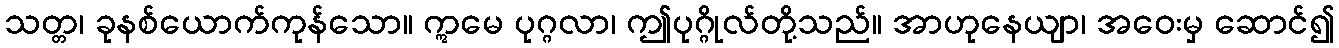
သတ္တ၊ ခုနစ်ယောက်ကုန်သော။ ဣမေ ပုဂ္ဂလာ၊ ဤပုဂ္ဂိုလ်တို့သည်။ အာဟုနေယျာ၊ အဝေးမှ ဆောင်၍